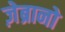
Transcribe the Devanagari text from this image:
ज़ेब्रानो